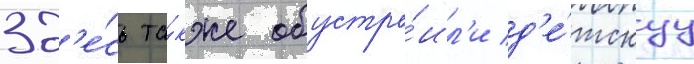
Зд'е́сь та́кже обустро́ил'и д'е́тскуу